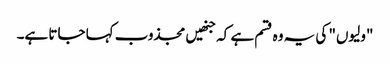
"ولیوں" کی یہ وہ قسم ہے کہ جنھیں مجذوب کہا جاتا ہے۔